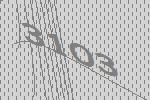
3103